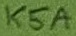
Text: K5A